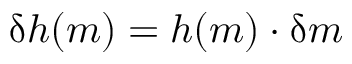
\updelta { \boldsymbol { h } } ( { \boldsymbol { m } } ) = { \boldsymbol { h } } ( { \boldsymbol { m } } ) \cdot \updelta { \boldsymbol { m } }